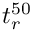
t _ { r } ^ { 5 0 }